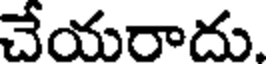
చేయరాదు.